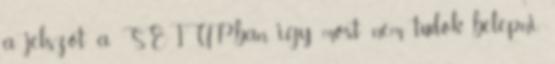
a jelszot a SETUP-ban, igy most nem tudok belepni.